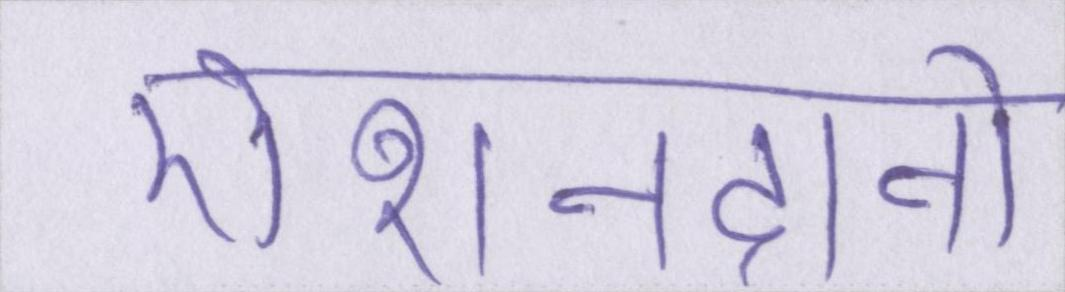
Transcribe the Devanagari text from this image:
रोशनदानों